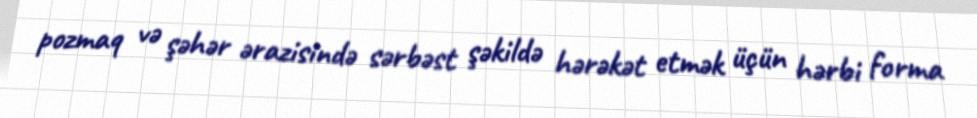
pozmaq və şəhər ərazisində sərbəst şəkildə hərəkət etmək üçün hərbi forma